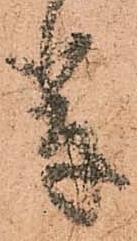
輩